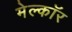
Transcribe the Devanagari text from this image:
मेल्कॉर